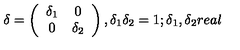
\delta = \left( \begin{array} { c c } { \delta _ { 1 } } & { 0 } \\ { 0 } & { \delta _ { 2 } } \\ \end{array} \right) , \delta _ { 1 } \delta _ { 2 } = 1 ; \delta _ { 1 } , \delta _ { 2 } r e a l